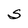
Character: S